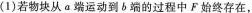
(1)若物块从 a 端运动到 b 端的过程中F始终存在，